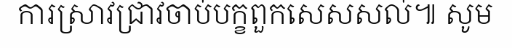
ការស្រាវជ្រាវចាប់បក្ខពួកសេសសល់៕ សូម